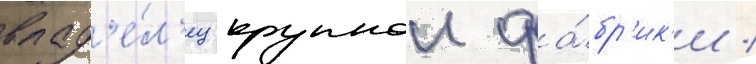
влад'е́л'ец крупнои фа́бр'ик'и /